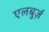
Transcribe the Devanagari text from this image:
एलबुर्ज़